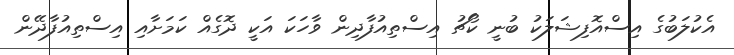
އެކުލަބުގެ އިސްއޮފިޝަލަކު ބުނީ ކޯޗު އިސްތިއުފާދިން ވާހަކަ އަކީ ދޮގެއް ކަމަށާއި އިސްތިއުފާދޭން